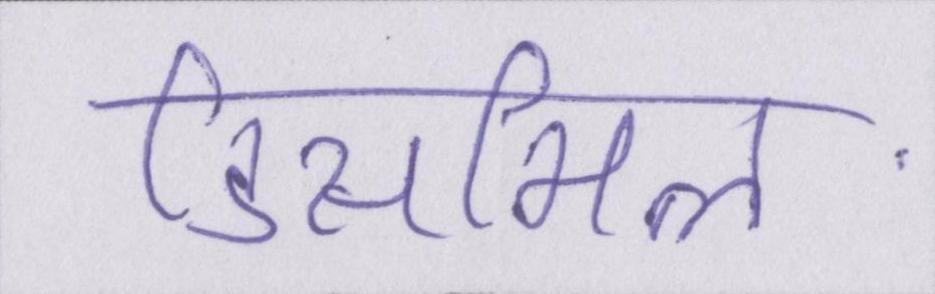
डिसमिल